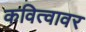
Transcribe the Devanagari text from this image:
कवित्वावर